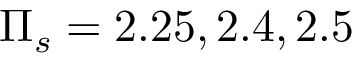
\Pi _ { s } = 2 . 2 5 , 2 . 4 , 2 . 5